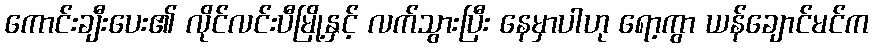
ကောင်းချီးပေး၏ လိုင်လင်းပီမြို့နှင့် လက်သွားပြီး နေမှာပါဟု ရော့ကွာ ယန်ချောင်မင်က